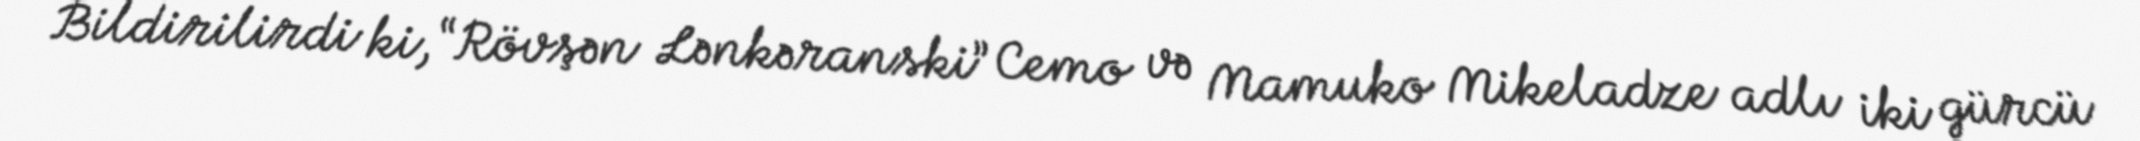
Bildirilirdi ki, “Rövşən Lənkəranski” Cemo və Mamuko Mikeladze adlı iki gürcü